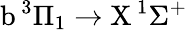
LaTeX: \textrm{b}\, ^{3}\Pi_{1}\rightarrow\textrm{X}\, ^{1}\Sigma^{+}